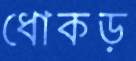
ধোকড়